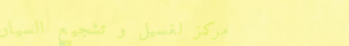
مركز لغسيل و تشجيع السيار